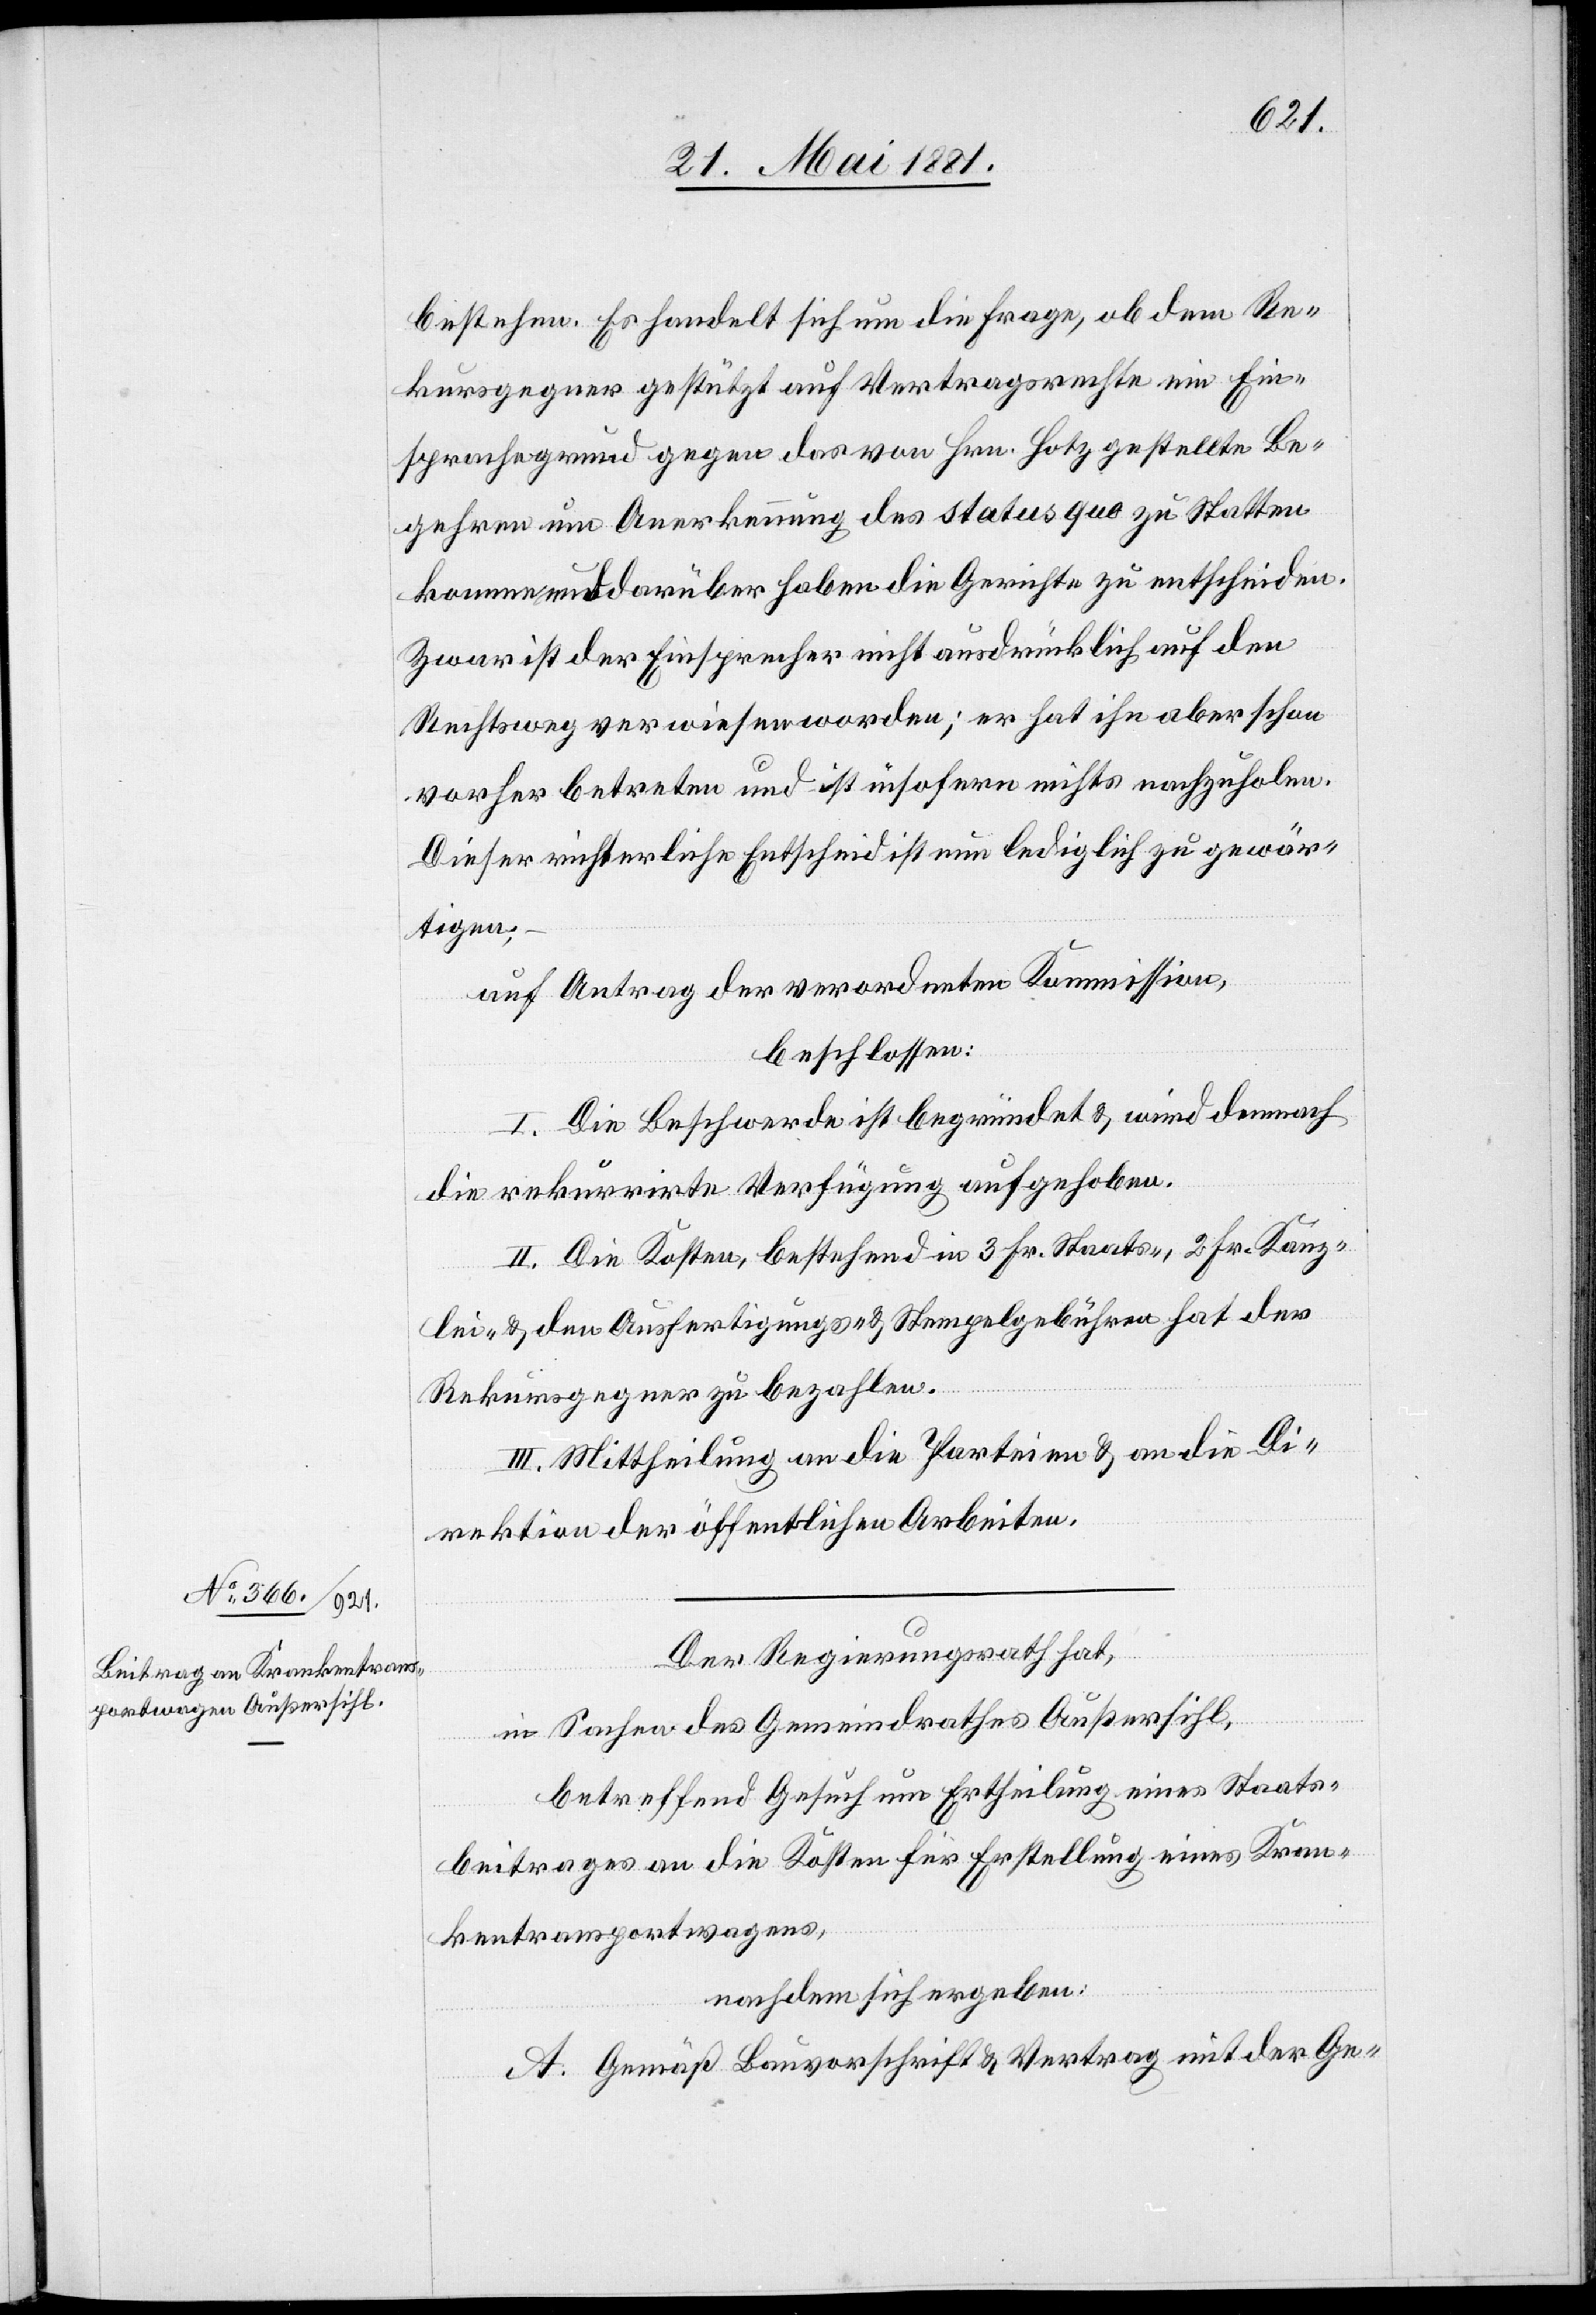
bestehen. Es handelt sich um die Frage, ob dem Re¬
kursgegner gestützt auf Vertragsrechte ein Ein¬
sprachegrund gegen das von Hrn. Hotz gestellte Be¬
gehren um Anerkennung des status quo zu statten
kommen und darüber haben die Gerichte zu entscheiden.
Zwar ist der Einsprecher nicht ausdrücklich auf den
Rechtsweg verwiesen worden; er hat ihn aber schon
vorher betreten und ist insofern nichts nachzuholen.
Dieser richterliche Entscheid ist nun lediglich zu gewär¬
tigen;
auf Antrag der verordneten Kommission,
beschlossen:
I. Die Beschwerde ist begründet & wird demnach
die rekurrirte Verfügung aufgehoben.
II. Die Kosten bestehend in 3 Fr. Staats-, 2 Fr. Kanz¬
lei- & den Ausfertigungs- & Stempelgebühren hat der
Rekursgegner zu bezahlen.
III. Mittheilung an die Parteien & an die Di¬
rektion der öffentlichen Arbeiten.
Der Regierungsrath hat,
in Sachen des Gemeindrathes Außersihl,
betreffend Gesuch um Ertheilung eines Staats¬
beitrages an die Kosten für Erstellung eines Kran¬
kentransportwagens,
nachdem sich ergeben:
A. Gemäß Bauvorschrift & Vertrag mit der Ge-